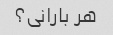
هر بارانی؟